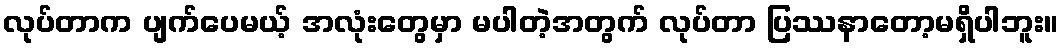
လုပ်တာက ပျက်ပေမယ့် အလုံးတွေမှာ မပါတဲ့အတွက် လုပ်တာ ပြဿနာတော့မရှိပါဘူး။